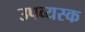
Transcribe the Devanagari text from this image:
उपव्यस्क